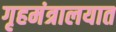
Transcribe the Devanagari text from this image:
गृहमंत्रालयात